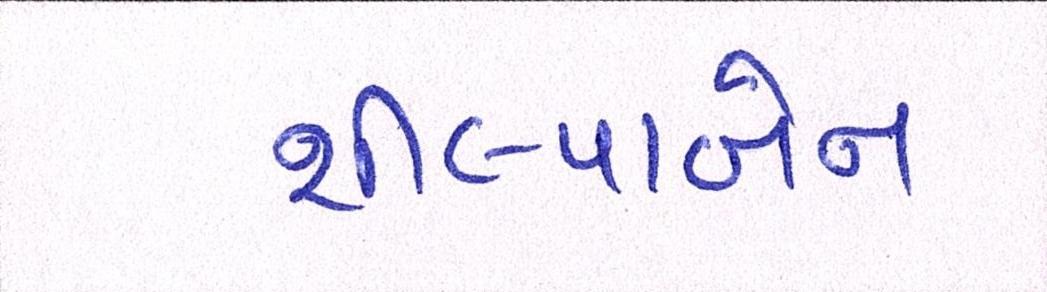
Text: શીલ્પાબેન